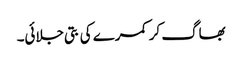
بھاگ کر کمرے کی بتی جلائی۔